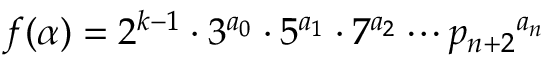
f ( \alpha ) = 2 ^ { k - 1 } \cdot 3 ^ { a _ { 0 } } \cdot 5 ^ { a _ { 1 } } \cdot 7 ^ { a _ { 2 } } \cdots { p _ { n + 2 } } ^ { a _ { n } }